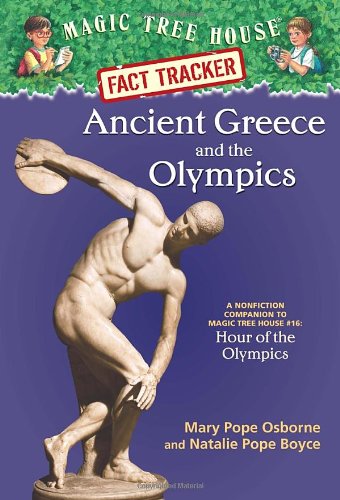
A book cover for Ancient Greece and the Olympics: A Nonfiction Companion to Magic Tree House (Magic Tree House Fact Tracker); Mary Pope Osborne; Children's Books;